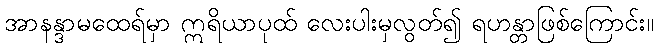
အာနန္ဒာမထေရ်မှာ ဣရိယာပုထ် လေးပါးမှလွတ်၍ ရဟန္တာဖြစ်ကြောင်း။